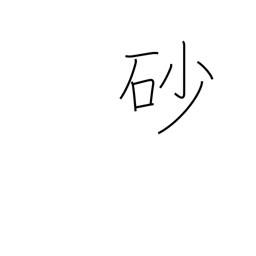
Meaning: sand